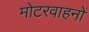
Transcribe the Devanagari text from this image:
मोटरवाहनों